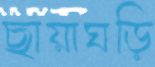
ছায়াঘড়ি